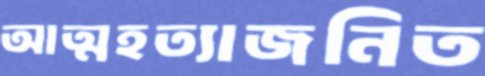
আত্মহত্যাজনিত